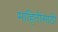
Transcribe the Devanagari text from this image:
माहितींसाठी